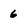
Character: 6